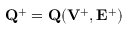
{ \bf Q } ^ { + } = { \bf Q } ( { { \bf V } } ^ { + } , { { \bf E } } ^ { + } )